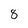
Character: 8